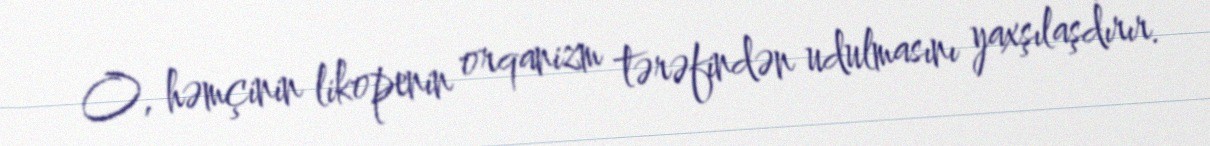
O, həmçinin likopenin orqanizm tərəfindən udulmasını yaxşılaşdırır.